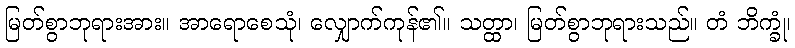
မြတ်စွာဘုရားအား။ အာရောစေသုံ၊ လျှောက်ကုန်၏။ သတ္ထာ၊ မြတ်စွာဘုရားသည်။ တံ ဘိက္ခုံ၊